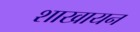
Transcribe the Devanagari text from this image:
शाखायन